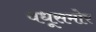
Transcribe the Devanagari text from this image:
वधूसमोर